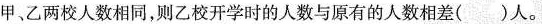
甲、乙两校人数相同，则乙校开学时的人数与原有的人数相差( )人。